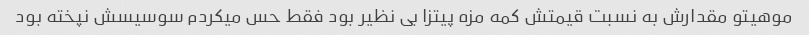
موهیتو مقدارش به نسبت قیمتش کمه مزه پیتزا بی نظیر بود فقط حس میکردم سوسیسش نپخته بود